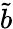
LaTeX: \tilde{b}